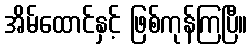
အိမ်ထောင်နှင့် ဖြစ်ကုန်ကြပြီ။